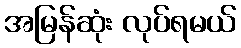
အမြန်ဆုံး လုပ်ရမယ်